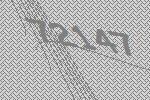
72147